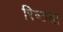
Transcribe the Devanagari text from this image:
रिष्ठता